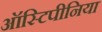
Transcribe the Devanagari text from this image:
ऑस्टिपीनिया